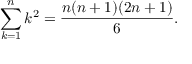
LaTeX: \sum _ { k = 1 } ^ { n } k ^ { 2 } = \frac { n ( n + 1 ) ( 2 n + 1 ) } { 6 } .